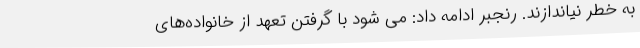
به خطر نیاندازند. رنجبر ادامه داد: می شود با گرفتن تعهد از خانواده‌های